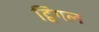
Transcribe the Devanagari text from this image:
ट्विंगल